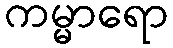
ကမ္မာရော